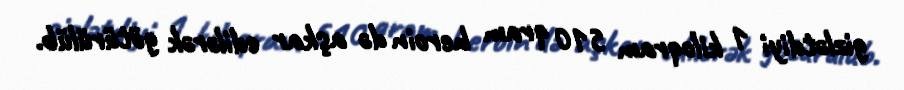
gizlətdiyi 1 kiloqram 510 qram heroin də aşkar edilərək götürülüb.